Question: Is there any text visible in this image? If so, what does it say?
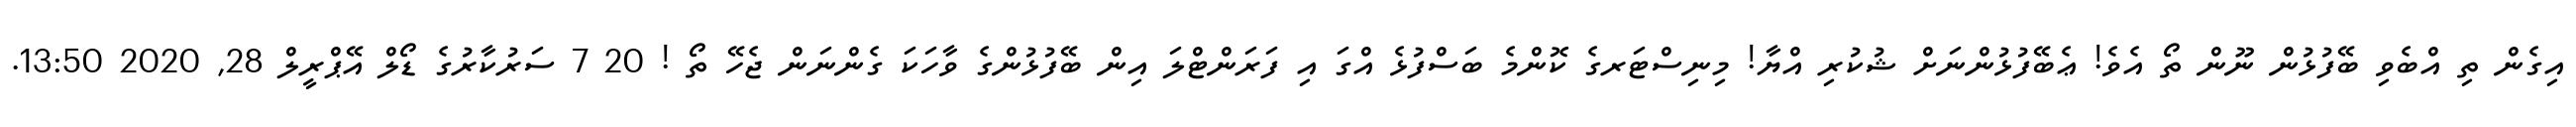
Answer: އިގެން ތި އްބެވި ބޭފުޅުން ނޫން ތޯ އެވެ! ޢެބޭފުޅުންނަށް ޝުކުރި އްޔާ! މިނިސްޓަރގެ ކޮންމެ ބަސްފުޅެ އްގަ އި ފަރަންޓްލަ އިން ބޭފުޅުންގެ ވާހަކަ ގެންނަން ޖެހޭ ތޯ ! 20 7 ސަރުކާރުގެ ޑޯލް އޭޕްރީލް 28, 2020 13:50.